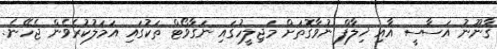
ޤާނޫނު އަސާސީ އާއި ޚިލާފް ނުވާގޮތަށް މަޖިލީހުގައި ނަގާވޯޓް ތަކުގައި އަމަލުކުރެވެން ޖެހޭނެ.